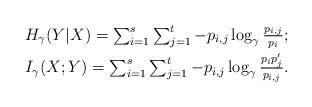
LaTeX: \begin{align*}H_{\gamma}(Y|X)=\textstyle \sum_{i=1}^s\sum_{j=1}^t -p_{i,j}\log_{\gamma} \frac{p_{i,j}}{p_i};\\ I_{\gamma}(X;Y)= \textstyle \sum_{i=1}^s\sum_{j=1}^t -p_{i,j}\log_{\gamma}\frac{p_ip'_j}{p_{i,j}}.\end{align*}